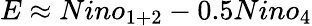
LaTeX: E\approx Nino_{1+2}-0.5Nino_{4}